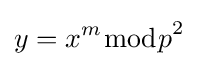
y=x^{m}{\bmod {p}}^{2}